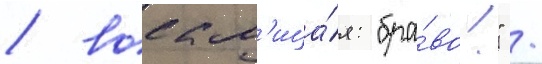
/ воскл'ица́я: "бра́во!" /